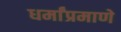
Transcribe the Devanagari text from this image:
धर्मांप्रमाणे